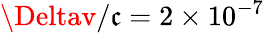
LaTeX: \Deltav/\mathfrak{c}=2\times10^{-7}